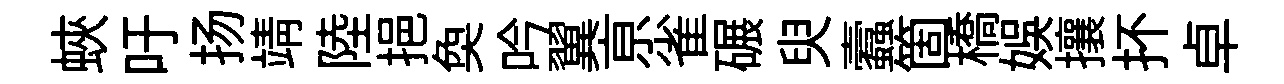
蛺吁扬靖陸挹奐吟翼亰雀碾臾蠧箇橋娱攘抔卓